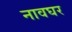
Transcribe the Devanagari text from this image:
नावघर